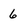
Character: 6